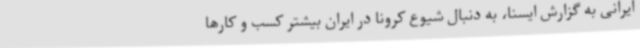
ایرانی به گزارش ایسنا، به دنبال شیوع کرونا در ایران بیشتر کسب و کارها